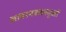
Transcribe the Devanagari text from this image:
आवश्यकवस्तुओं